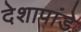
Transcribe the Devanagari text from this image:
देशापांडे